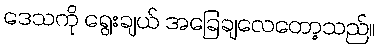
ဒေသကို ရွေးချယ် အခြေချလေတော့သည်။